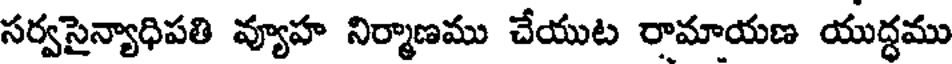
సర్వసైన్యాధిపతి వ్యూహ నిర్మాణము చేయుట రామాయణ యుద్ధము